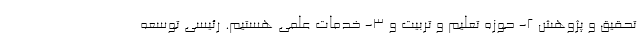
تحقیق و پژوهش ۲- حوزه تعلیم و تربیت و ۳- خدمات علمی هستیم. رئیسی توسعه